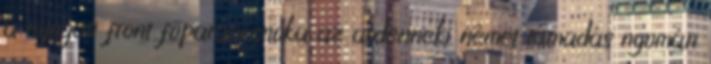
a nyugati front fõparancsnoka az ardenneki német támadás nyomán